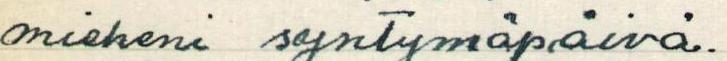
mieheni syntymäpäivä.